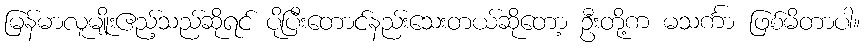
မြန်မာလူမျိုးဧည့်သည်ဆိုရင် ပိုပြီးတောင်နည်းသေးတယ်ဆိုတော့ ဦးတို့က မသင်္ကာ ဖြစ်မိတာပါ။